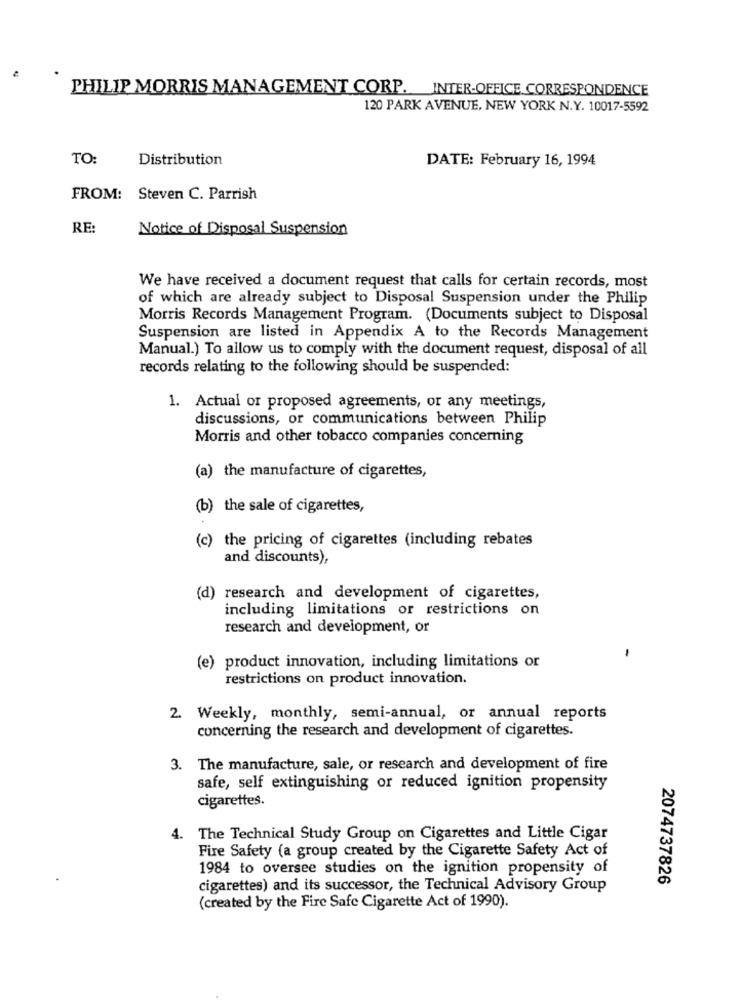
PHILIP MORRIS MANAGEMENT CORP. INTER-OFFICE CORRESPONDENCE
120 PARK AVENUE, NEW YORK N.Y. 10017-5592
TO:
Distribution
DATE: February 16, 1994
FROM: Steven C. Parrish
RE:
Notice of Disposal Suspension
We have received a document request that calls for certain records, most
of which are already subject to Disposal Suspension under the Philip
Morris Records Management Program. (Documents subject to Disposal
Suspension are listed in Appendix A to the Records Management
Manual.) To allow us to comply with the document request, disposal of all
records relating to the following should be suspended:
1. Actual or proposed agreements, or any meetings,
discussions, or communications between Philip
Morris and other tobacco companies concerning
(a) the manufacture of cigarettes,
(b) the sale of cigarettes,
(c) the pricing of cigarettes (including rebates
and discounts),
(d) research and development of cigarettes,
including limitations or restrictions on
research and development, or
(e) product innovation, including limitations or
restrictions on product innovation.
2. Weekly, monthly, semi-annual, or annual reports
concerning the research and development of cigarettes.
3. The manufacture, sale, or research and development of fire
safe, self extinguishing or reduced ignition propensity
cigarettes.
4. The Technical Study Group on Cigarettes and Little Cigar
Fire Safety (a group created by the Cigarette Safety Act of
1984 to oversee studies on the ignition propensity of
2074737826
cigarettes) and its successor, the Technical Advisory Group
(created by the Fire Safe Cigarette Act of 1990).